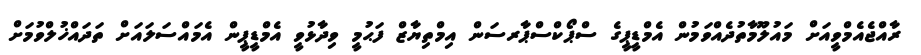
ރާއްޖެއެމްވީއަށް މައުލޫމާތުދެއްވަމުން އެމްޑީޕީގެ ސްޕޯކްސްޕާރސަން އިމްތިޔާޒް ފަޙުމީ ވިދާޅުވީ އެމްޑީޕީން އެމައްސަލައަށް ތަދައްޚުލްވުމަށް